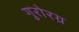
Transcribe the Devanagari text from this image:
गुरोरग्र